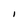
Character: i